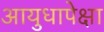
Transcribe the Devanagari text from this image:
आयुधापेक्षा